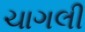
ચાગલી